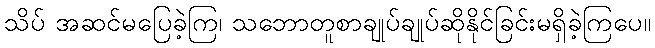
သိပ် အဆင်မပြေခဲ့ကြ၊ သဘောတူစာချုပ်ချုပ်ဆိုနိုင်ခြင်းမရှိခဲ့ကြပေ။